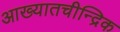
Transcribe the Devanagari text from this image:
आख्यातचीन्द्रिक